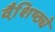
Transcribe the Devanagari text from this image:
वैशि़ष्ठ्ये